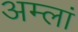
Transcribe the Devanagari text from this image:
अम्लां